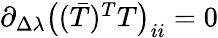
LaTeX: \begin{array}{r}{\partial_{\Delta\lambda}\big((\bar{T})^{T}T\big)_{ii}=0}\end{array}